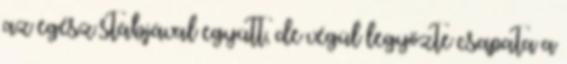
az egész stábjával együtt, de végül legyőzte csapata a